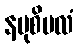
နမုစိဗလံ